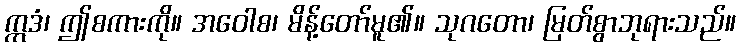
ဣဒံ၊ ဤစကားကို။ အဝေါစ၊ မိန့်တော်မူ၏။ သုဂတော၊ မြတ်စွာဘုရားသည်။